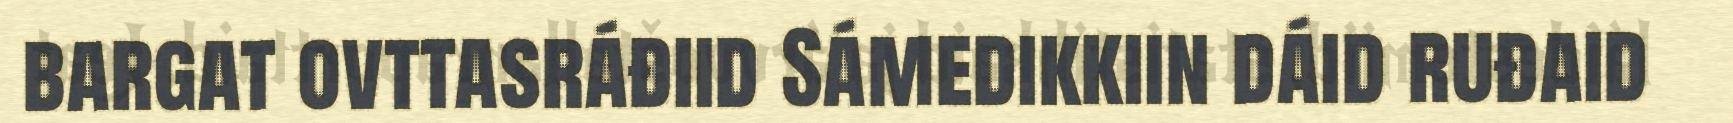
bargat ovttasráđiid Sámedikkiin dáid ruđaid